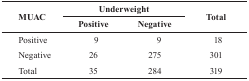
<table><thead><tr><td rowspan="2"><b>MUAC</b></td><td colspan="2"><b>Underweight</b></td><td rowspan="2"><b>Total</b></td></tr><tr><td><b>Positive</b></td><td><b>Negative</b></td></tr></thead><tbody><tr><td>Positive</td><td>9</td><td>9</td><td>18</td></tr><tr><td>Negative</td><td>26</td><td>275</td><td>301</td></tr><tr><td>Total</td><td>35</td><td>284</td><td>319</td></tr></tbody></table>